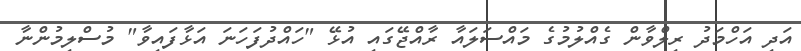
އަދި އަހްމަދު ރިލްވާން ގެއްލުމުގެ މައްސަލައާ ރާއްޖޭގައި އުޅޭ "ހައްދުފަހަނަ އަޅާފައިވާ" މުސްލިމުންނާ